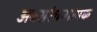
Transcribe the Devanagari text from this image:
अवसरंचनात्मक